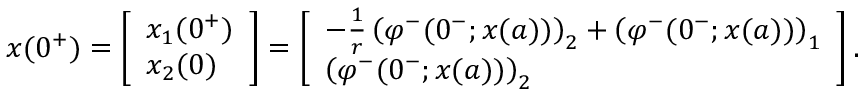
\begin{array} { r } { x ( 0 ^ { + } ) = \left[ \begin{array} { l } { x _ { 1 } ( 0 ^ { + } ) } \\ { x _ { 2 } ( 0 ) } \end{array} \right] = \left[ \begin{array} { l } { - \frac { 1 } { r } \left( \varphi ^ { - } ( 0 ^ { - } ; x ( a ) ) \right) _ { 2 } + \left( \varphi ^ { - } ( 0 ^ { - } ; x ( a ) ) \right) _ { 1 } } \\ { \left( \varphi ^ { - } ( 0 ^ { - } ; x ( a ) ) \right) _ { 2 } } \end{array} \right] . } \end{array}